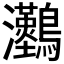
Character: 𤅼